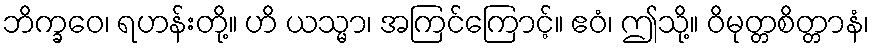
ဘိက္ခဝေ၊ ရဟန်းတို့။ ဟိ ယသ္မာ၊ အကြင်ကြောင့်။ ဧဝံ၊ ဤသို့။ ဝိမုတ္တစိတ္တာနံ၊